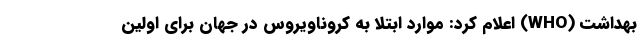
بهداشت (WHO) اعلام کرد: موارد ابتلا به کروناویروس در جهان برای اولین